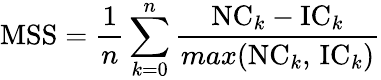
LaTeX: \textrm{MSS}=\frac{1}{n}\sum_{k=0}^{n}\frac{\textrm{NC}_{k}-\textrm{IC}_{k}}{max(\textrm{NC}_{k},\, \textrm{IC}_{k})}